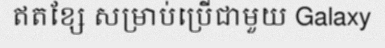
ឥតខ្សែ សម្រាប់ប្រើជាមួយ Galaxy